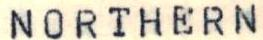
NORTHERN